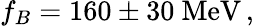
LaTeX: f_{B}=160\pm 30~\mathrm{MeV}\, ,